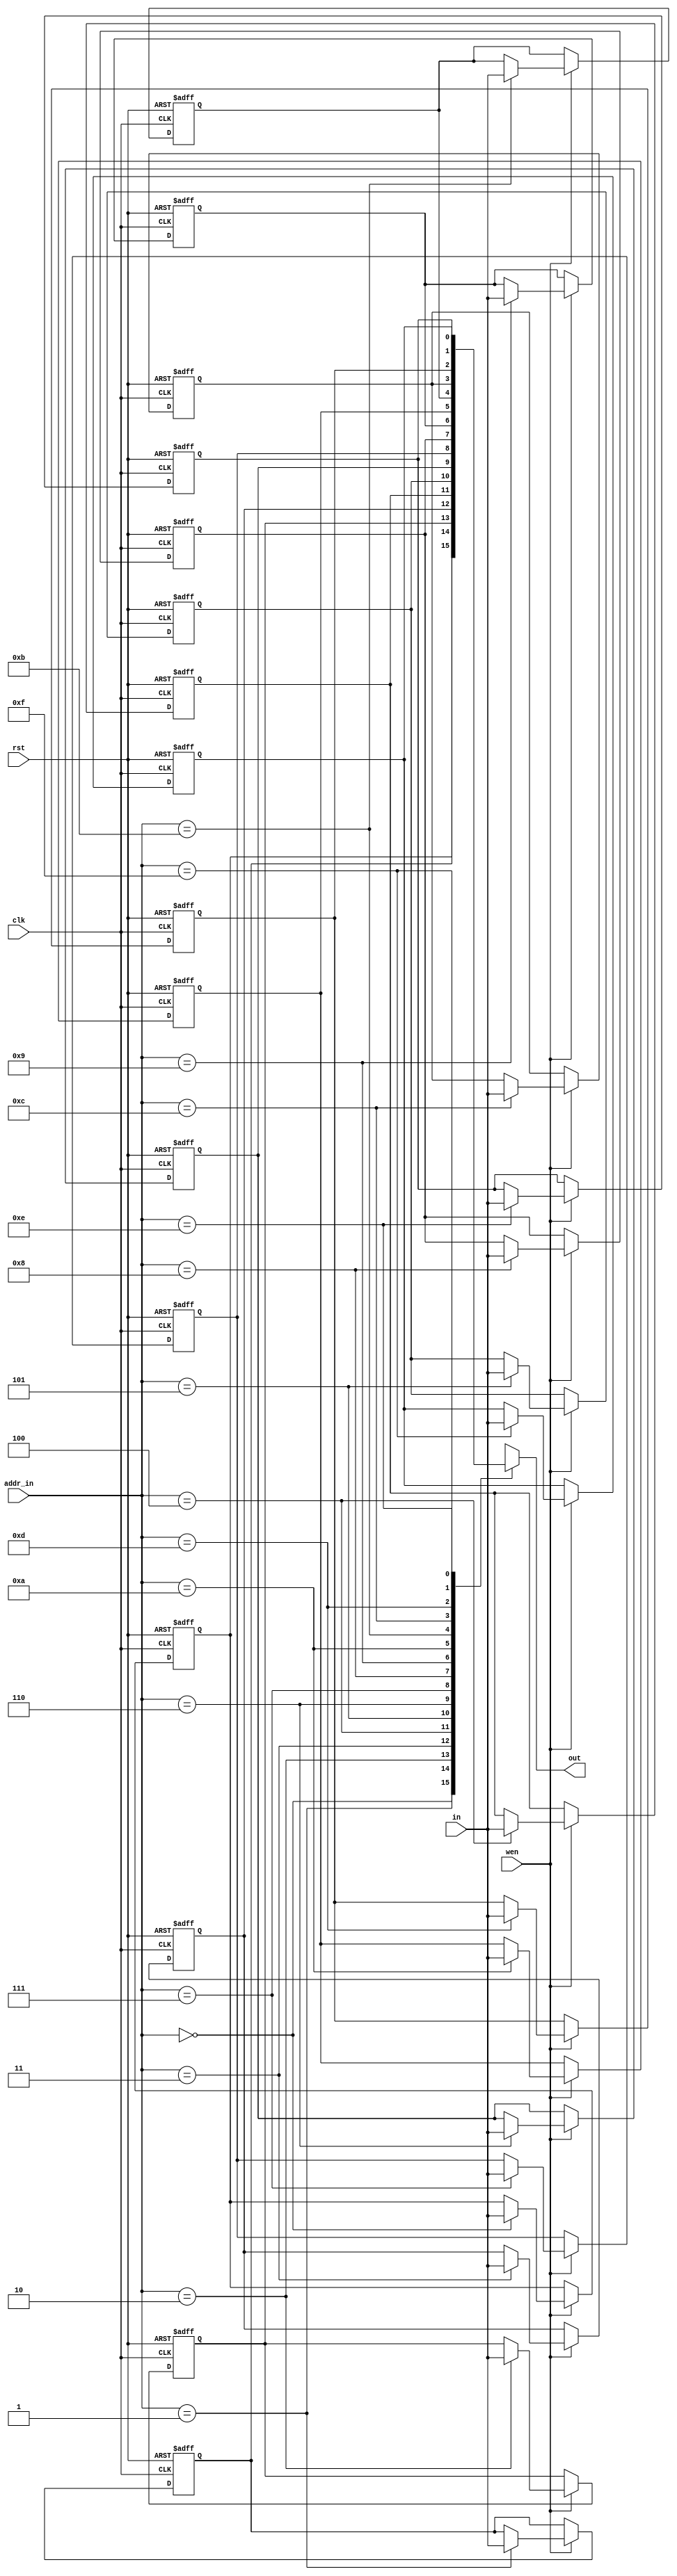
`timescale 1ns / 1ps
//////////////////////////////////////////////////////////////////////////////////
// Company: 
// Engineer: 
// 
// Design Name: 
// Module Name:    Mem128x1 
// Project Name: 
// Target Devices: 
// Tool versions: 
// Description: 
//
// Dependencies: 
//
// Revision: 
// Revision 0.01 - File Created
// Additional Comments: 
//
//////////////////////////////////////////////////////////////////////////////////
module Mem16x1(clk, rst, in, addr_in, wen, out);

	input clk, rst, wen;
	input [3:0] addr_in; //index
	input in;
	
	output out;
	wire	 out;
	
	reg mem [0:15];
	
	integer i;
	
	assign out = mem [addr_in];

	always @(posedge clk or negedge rst)
	begin
		if(~rst)
			for(i=0; i<16; i=i+1)
				mem [i] <= 1'b0;
		else
			if(wen)
				mem [addr_in] <= in;
	end

endmodule